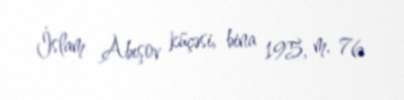
İslam Abışov küçəsi, bina 195, m. 76